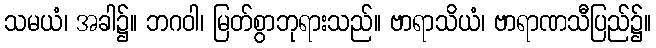
သမယံ၊ အခါ၌။ ဘဂဝါ၊ မြတ်စွာဘုရားသည်။ ဗာရာသိယံ၊ ဗာရာဏသီပြည်၌။